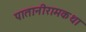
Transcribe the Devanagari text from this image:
पातानीरामकथा